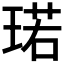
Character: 𪻷